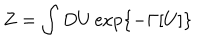
Z = \int D U \exp \{ - \Gamma [ U ] \}